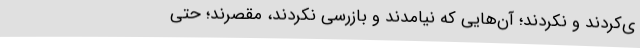
ی‌کردند و نکردند؛ آن‌هایی که نیامدند و بازرسی نکردند، مقصرند؛ حتی